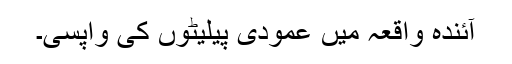
آئندہ واقعہ میں عمودی پیلیٹوں کی واپسی۔